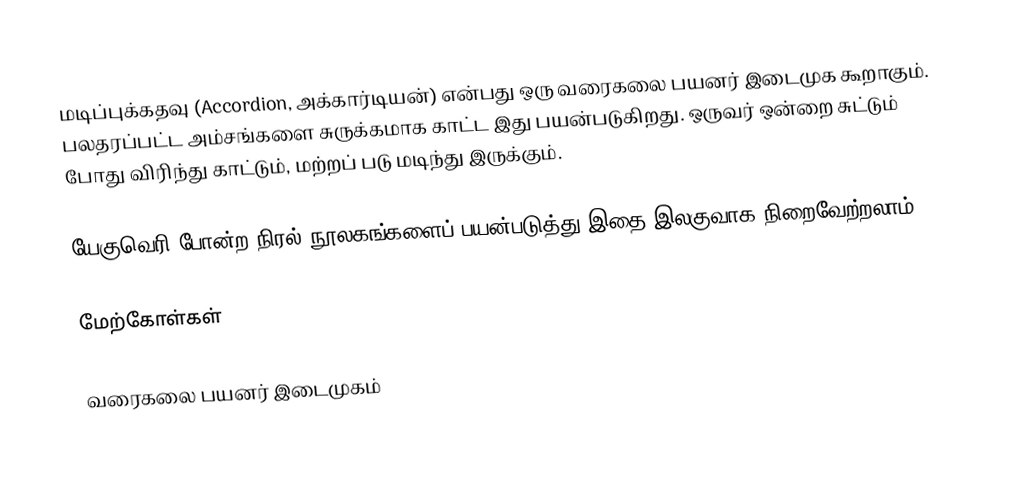
மடிப்புக்கதவு (Accordion, அக்கார்டியன்) என்பது ஒரு வரைகலை பயனர் இடைமுக கூறாகும். பலதரப்பட்ட அம்சங்களை சுருக்கமாக காட்ட இது பயன்படுகிறது.  ஒருவர் ஒன்றை சுட்டும் போது விரிந்து காட்டும், மற்றப் படு மடிந்து இருக்கும்.

யேகுவெரி போன்ற நிரல் நூலகங்களைப் பயன்படுத்து இதை இலகுவாக நிறைவேற்றலாம்.

மேற்கோள்கள்

வரைகலை பயனர் இடைமுகம்